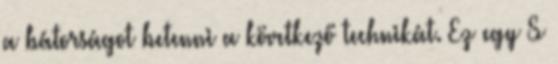
a bátorságot betenni a következő technikát. Ez egy S